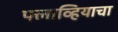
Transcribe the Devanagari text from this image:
फ्लाव्हियाचा